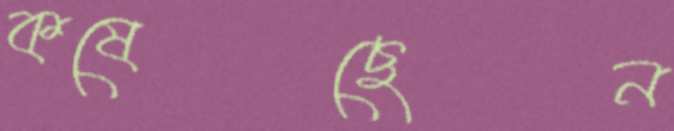
কষেছেন